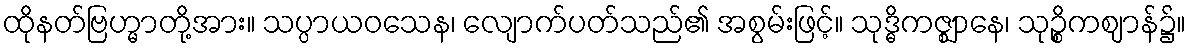
ထိုနတ်ဗြဟ္မာတို့အား။ သပ္ပာယဝသေန၊ လျောက်ပတ်သည်၏ အစွမ်းဖြင့်။ သုဒ္ဓိကဇ္ဈာနေ၊ သုဉ္စိကဈာန်၌။